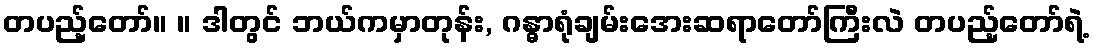
တပည့်တော်။ ။ ဒါတွင် ဘယ်ကမှာတုန်း, ဂန္ဓာရုံချမ်းအေးဆရာတော်ကြီးလဲ တပည့်တော်ရဲ့